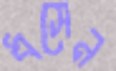
ধসেন